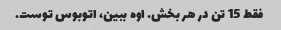
فقط 15 تن در هر بخش. اوه ببین، اتوبوس توست.